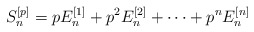
\begin{align*}S_n^{[p]} = p E_n^{[1]}+p^2E_n^{[2]}+\cdots+p^n E_n^{[n]}\end{align*}